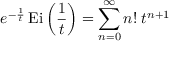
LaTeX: e ^ { - { \frac { 1 } { t } } } \operatorname { E i } \left( { \frac { 1 } { t } } \right) = \sum _ { n = 0 } ^ { \infty } n ! \; t ^ { n + 1 }